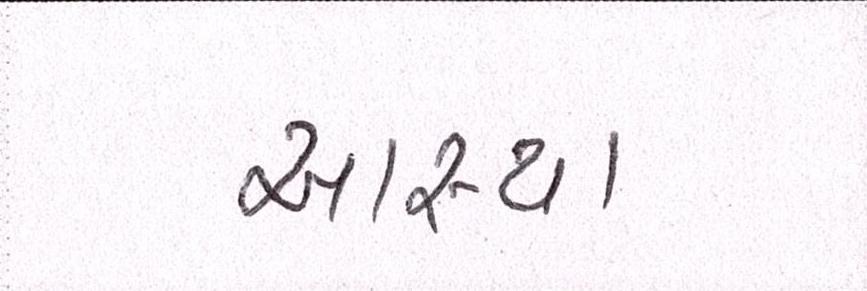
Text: આસ્થા